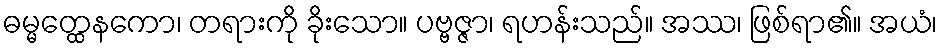
ဓမ္မတ္ထေနကော၊ တရားကို ခိုးသော။ ပဗ္ဗဇ္ဇာ၊ ရဟန်းသည်။ အဿ၊ ဖြစ်ရာ၏။ အယံ၊